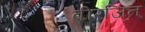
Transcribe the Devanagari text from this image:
वीरजित्